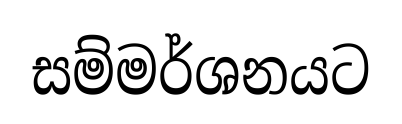
සම්මර්ශනයට